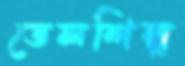
তেলশিল্প